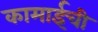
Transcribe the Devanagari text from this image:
कामाईची